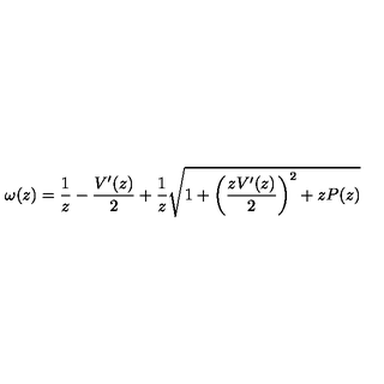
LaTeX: \omega ( z ) = \frac { 1 } { z } - \frac { V ^ { \prime } ( z ) } { 2 } + \frac { 1 } { z } \sqrt { 1 + \left( \frac { z V ^ { \prime } ( z ) } { 2 } \right) ^ { 2 } + z P ( z ) }